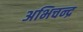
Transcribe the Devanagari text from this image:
अभिचन्द्र